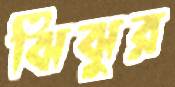
ঝিঝুর